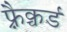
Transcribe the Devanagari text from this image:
फ़्रैक्चर्ड